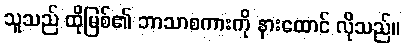
သူသည် ထိုမြစ်၏ ဘာသာစကားကို နားထောင် လိုသည်။